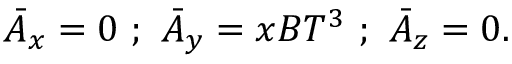
{ \bar { A } } _ { x } = 0 \ ; \ { \bar { A } } _ { y } = x B T ^ { 3 } \ ; \ { \bar { A } } _ { z } = 0 .